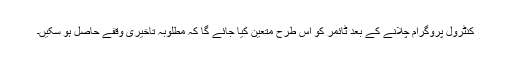
کنٹرول پروگرام چلانے کے بعد ٹائمر کو اس طرح متعین کیا جائے گا کہ مطلوبہ تاخیری وقفے حاصل ہو سکیں۔